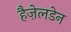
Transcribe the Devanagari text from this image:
हैज़ेलडेन